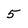
Character: 5